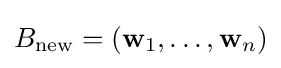
B_{\text{new}}=(\mathbf {w} _{1},\ldots ,\mathbf {w} _{n})